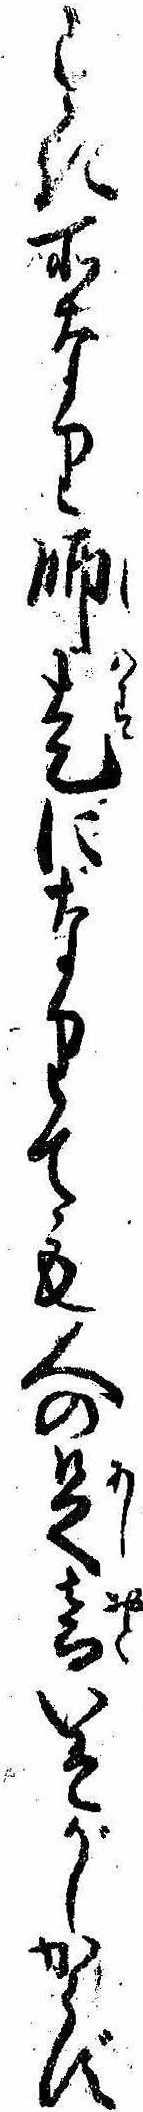
すき所なり師走になりても人の足音いそがしからず